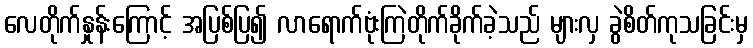
လေတိုက်နှုန်းကြောင့် အပြစ်ပြ၍ လာရောက်ဗုံးကြဲတိုက်ခိုက်ခဲ့သည် များလှ ခွဲစိတ်ကုသခြင်းမှ